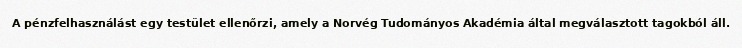
A pénzfelhasználást egy testület ellenőrzi, amely a Norvég Tudományos Akadémia által megválasztott tagokból áll.